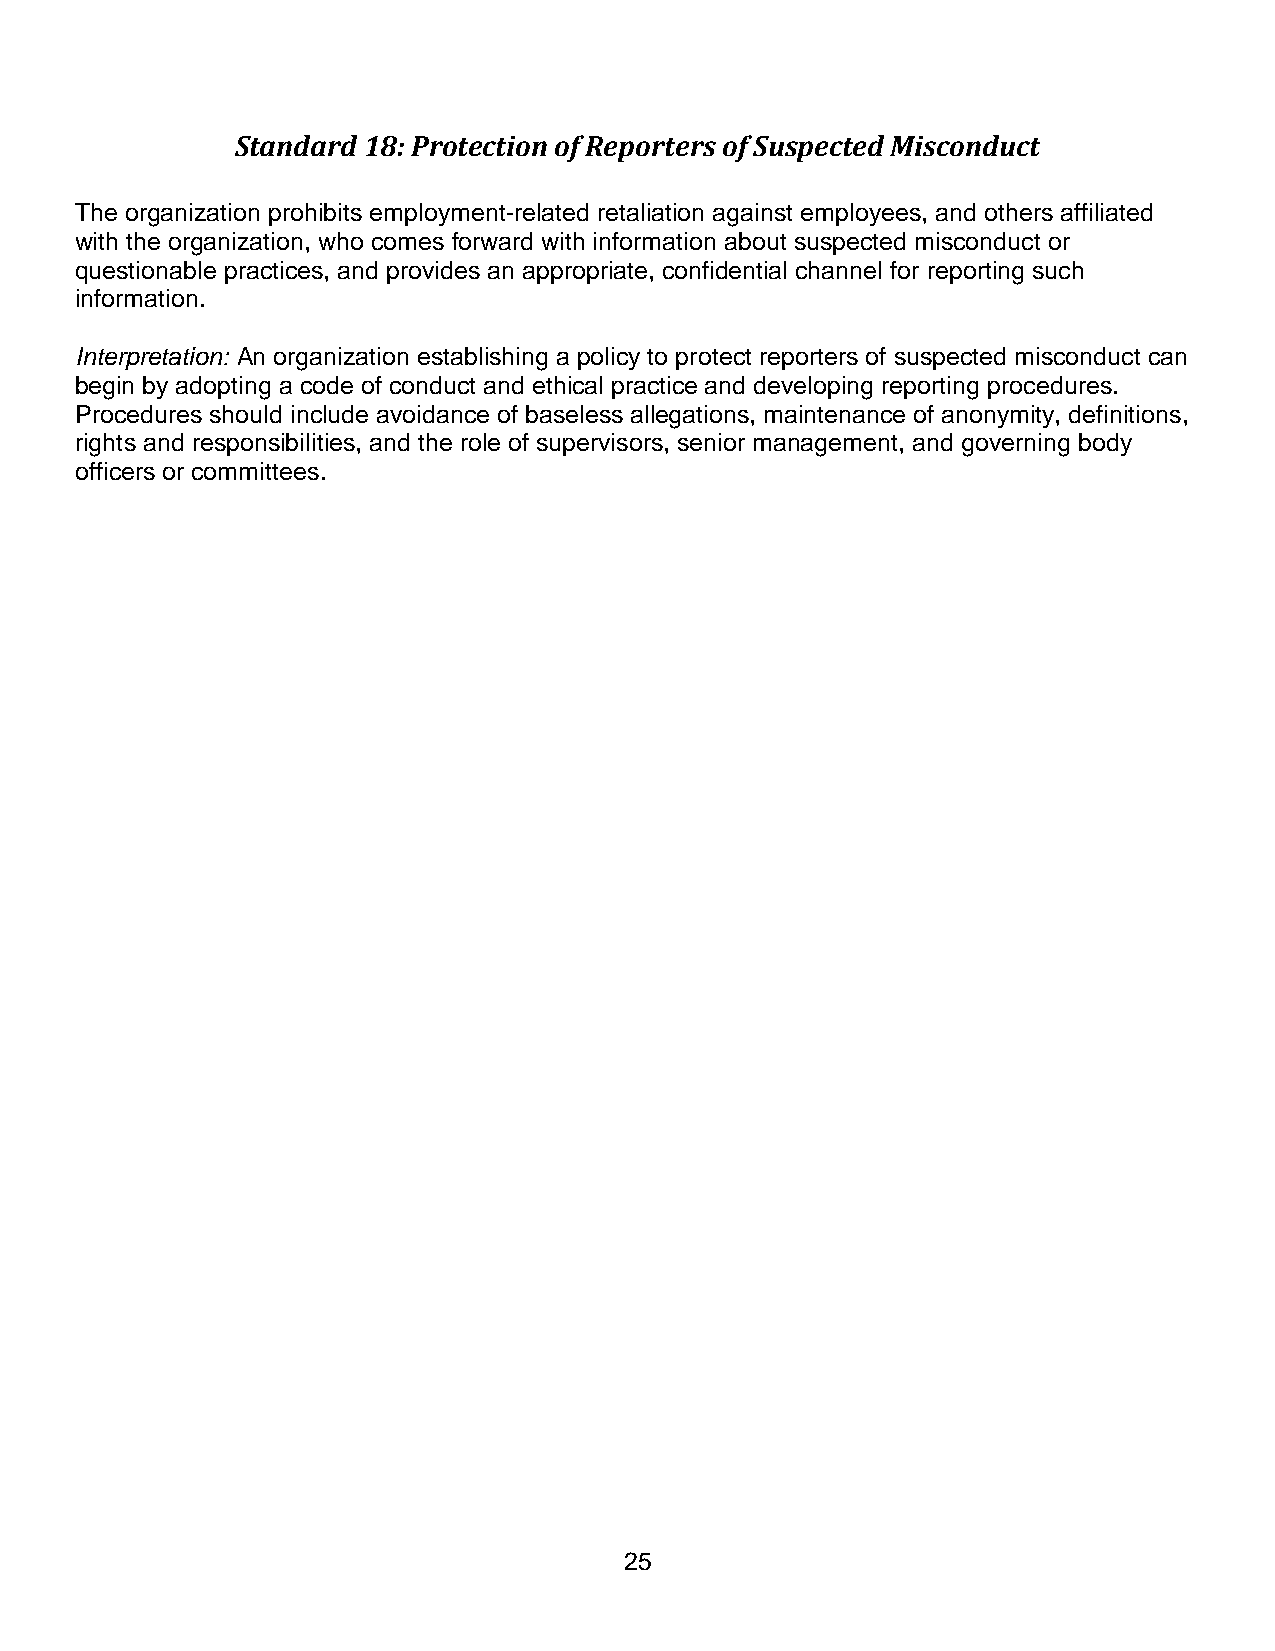
Standard 18: Protection of Reporters of Suspected Misconduct
 The organization prohibits employment-related retaliation against employees, and others affiliated
 with the organization, who comes forward with information about suspected misconduct or
 questionable practices, and provides an appropriate, confidential channel for reporting such
 information.
 Interpretation: An organization establishing a policy to protect reporters of suspected misconduct can
 begin by adopting a code of conduct and ethical practice and developing reporting procedures.
 Procedures should include avoidance of baseless allegations, maintenance of anonymity, definitions,
 rights and responsibilities, and the role of supervisors, senior management, and governing body
 officers or committees.
 25